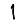
Digit: 1